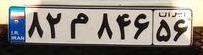
۸۲م۸۴۶۵۶